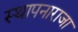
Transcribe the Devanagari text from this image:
स्थापनाराजा